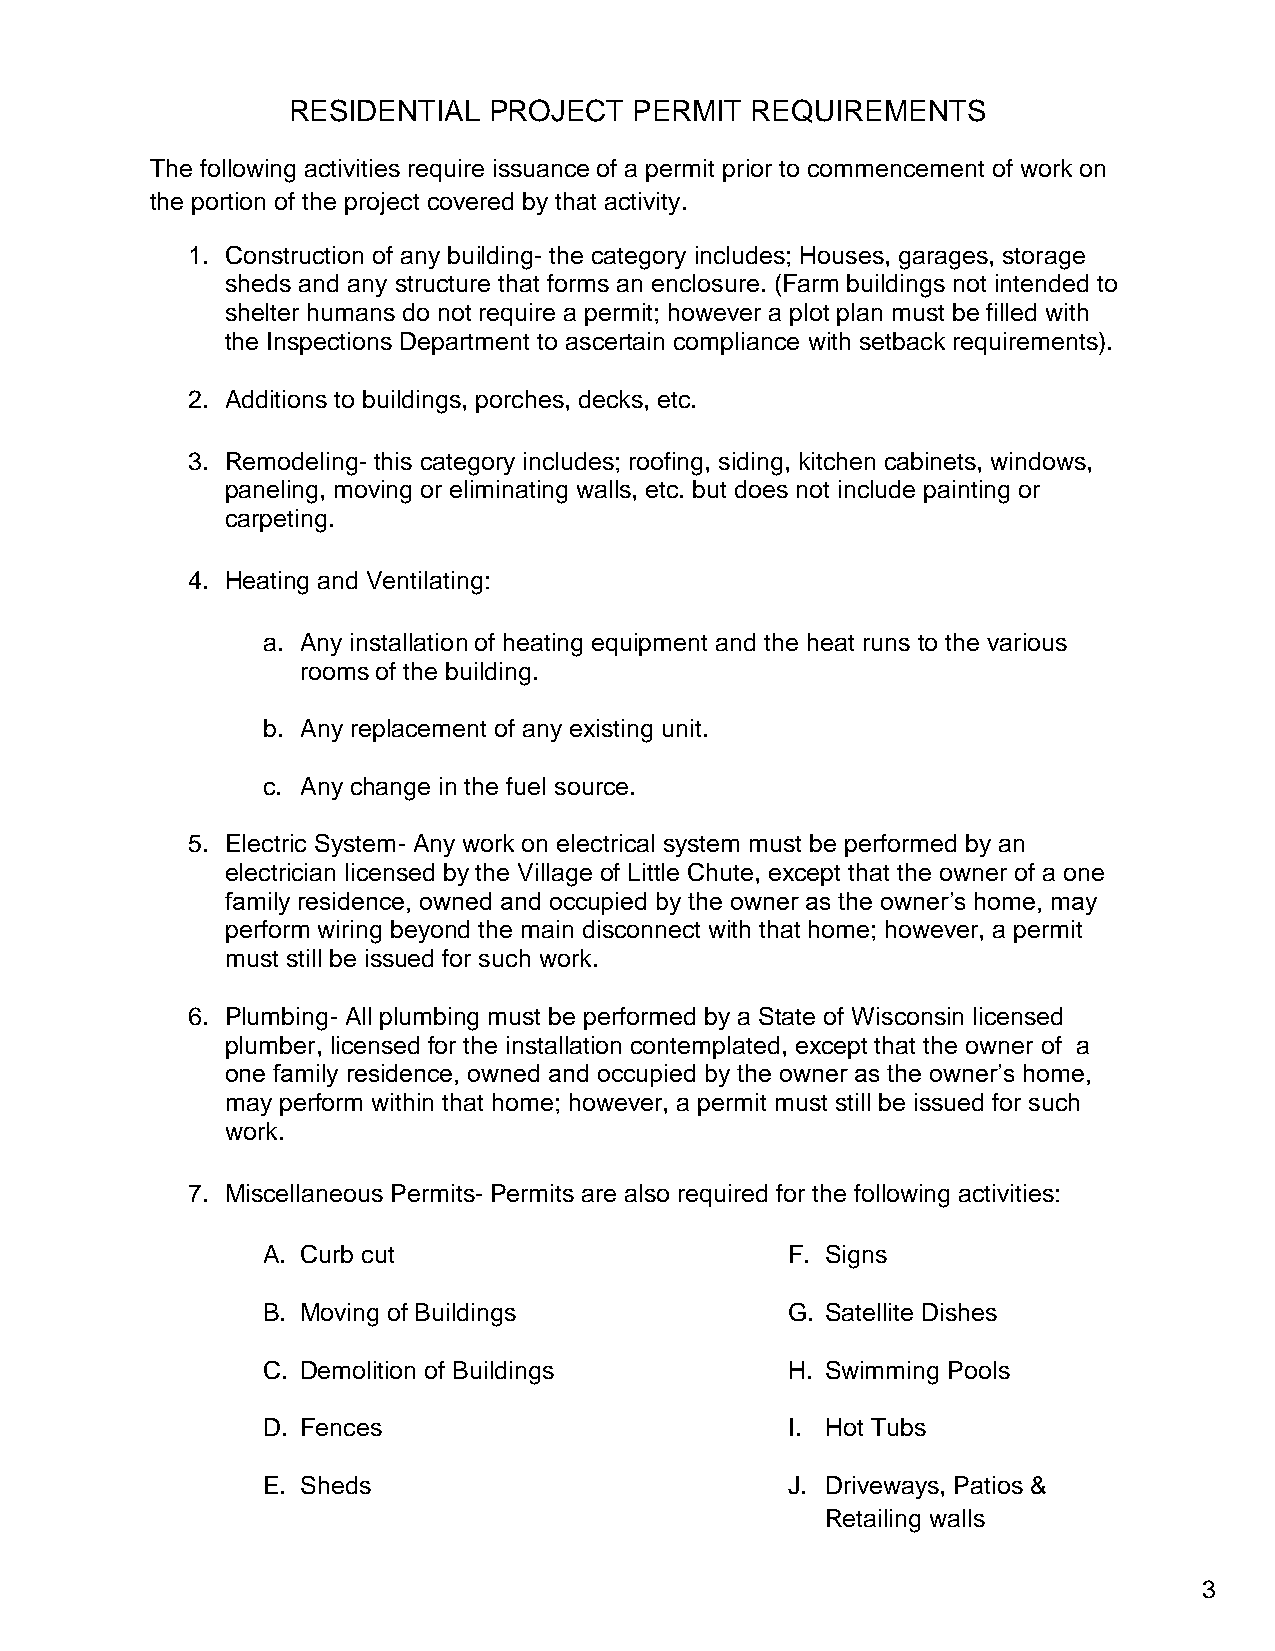
RESIDENTIAL  PROJECT   PERMIT  REQUIREMENTS
 The following activities require issuance of a permit prior to commencement of work on
 the portion of the project covered by that activity.
 1. Construction of any building- the category includes; Houses, garages, storage
 sheds and any structure that forms an enclosure. (Farm buildings not intended to
 shelter humans do not require a permit; however a plot plan must be filled with
 the Inspections Department to ascertain compliance with setback requirements).
 2. Additions to buildings, porches, decks, etc.
 3. Remodeling- this category includes; roofing, siding, kitchen cabinets, windows,
 paneling, moving or eliminating walls, etc. but does not include painting or
 carpeting.
 4. Heating and Ventilating:
 a. Any installation of heating equipment and the heat runs to the various
 rooms of the building.
 b. Any replacement of any existing unit.
 c. Any change in the fuel source.
 5. Electric System- Any work on electrical system must be performed by an
 electrician licensed by the Village of Little Chute, except that the owner of a one
 family residence, owned and occupied by the owner as the owner’s home, may
 perform wiring beyond the main disconnect with that home; however, a permit
 must still be issued for such work.
 6. Plumbing- All plumbing must be performed by a State of Wisconsin licensed
 plumber, licensed for the installation contemplated, except that the owner of a
 one family residence, owned and occupied by the owner as the owner’s home,
 may perform within that home; however, a permit must still be issued for such
 work.
 7. Miscellaneous Permits- Permits are also required for the following activities:
 A. Curb cut                        F. Signs
 B. Moving of Buildings             G. Satellite Dishes
 C. Demolition of Buildings         H. Swimming Pools
 D. Fences                          I. Hot Tubs
 E. Sheds                           J. Driveways, Patios &
 Retailing walls
 3